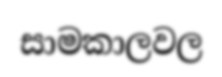
සාමකාලවල